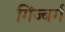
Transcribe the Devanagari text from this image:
गिंज्बर्ग